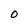
Character: 0